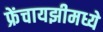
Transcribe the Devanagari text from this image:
फ्रेंचायझीमध्ये